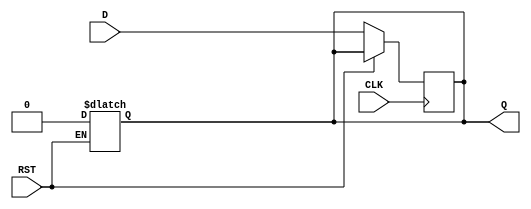
module InputRegister (
    input wire D,      // Data input
    input wire CLK,    // Clock signal
    input wire RST,    // Asynchronous reset (optional)
    output reg Q       // Output of the register
);

// Asynchronous reset behavior
always @(*) begin
    if (RST) begin
        Q <= 1'b0; // Reset output to zero
    end
end

// Synchronous behavior on clock edge
always @(posedge CLK) begin
    if (!RST) begin
        Q <= D; // Capture input data on rising edge of clock
    end
end

endmodule